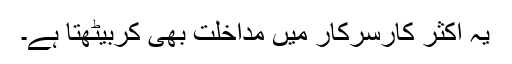
یہ اکثر کارِسرکار میں مداخلت بھی کربیٹھتا ہے۔